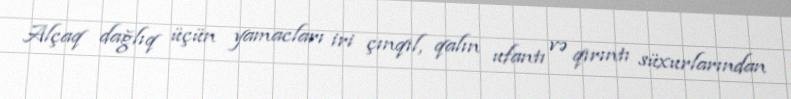
Alçaq dağlıq üçün yamacları iri çınqıl, qalın ufantı və qırıntı süxurlarından